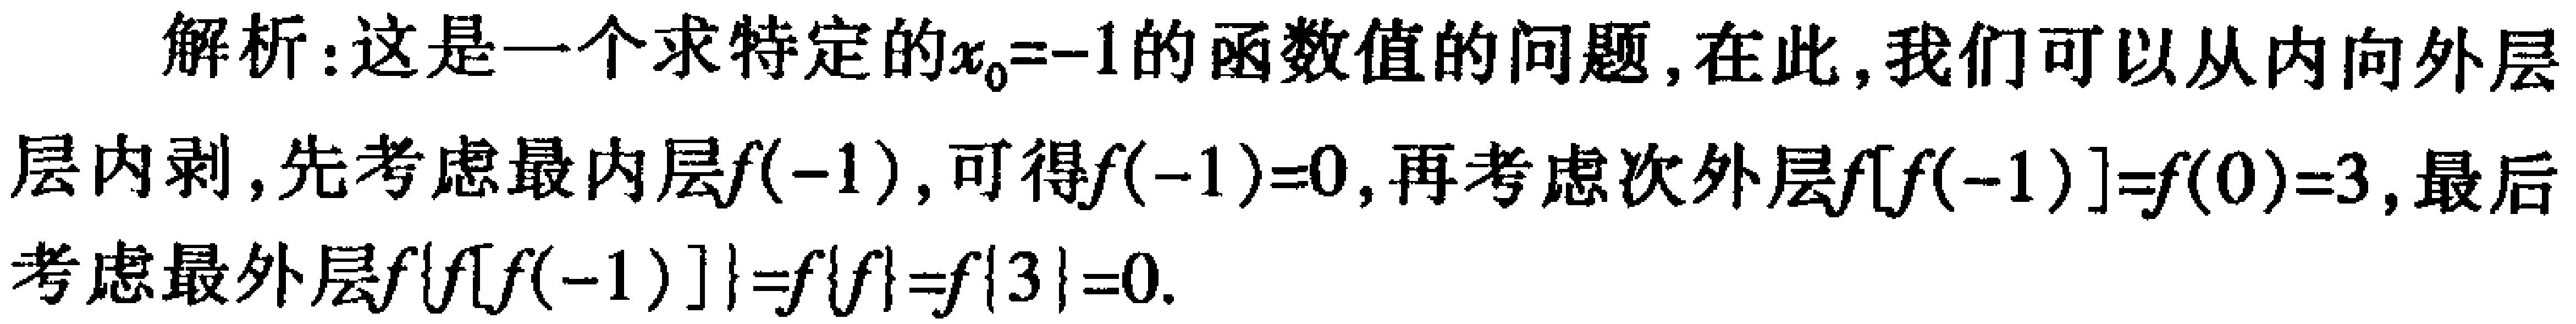
解析：这是一个求特定的\(x_0 = - 1\)的函数值的问题，在此，我们可以从内向外层
层内剥，先考虑最内层\(f(-1)\)，可得\(f(-1)=0\)，再考虑次外层\(f[f(-1)] = f(0)=3\)，最后
考虑最外层\(f\{f[f(-1)]\}=f\{f\}=f\{3\}=0\).